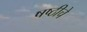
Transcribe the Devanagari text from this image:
षष्ठीचे